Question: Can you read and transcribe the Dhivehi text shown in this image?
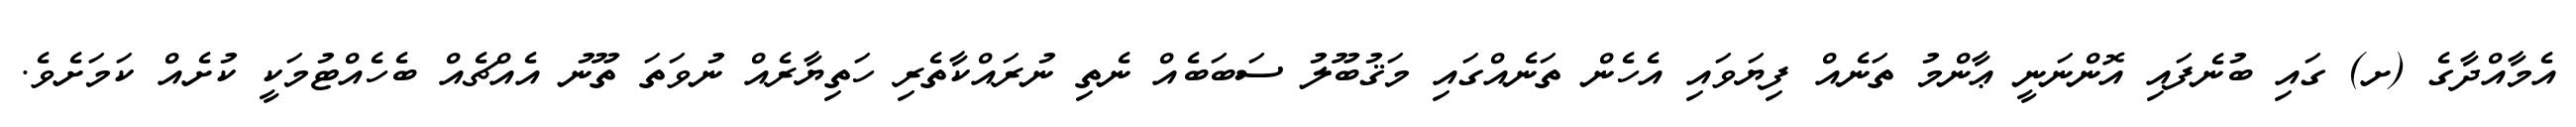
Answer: އެމާއްދާގެ (ށ) ގައި ބުނެފައި އޮންނަނީ ޢާންމު ތަނެއް ފިޔަވައި އެހެން ތަނެއްގައި މަޤުބޫލު ސަބަބެއް ނެތި ނުރައްކާތެރި ހަތިޔާރެއް ނުވަތަ ތޫނު އެއްޗެއް ބެހެއްޓުމަކީ ކުށެއް ކަމަށެވެ.